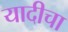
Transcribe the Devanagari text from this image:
यादीचा